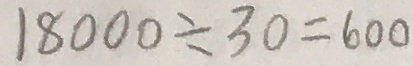
1 8 0 0 0 \div 3 0 = 6 0 0